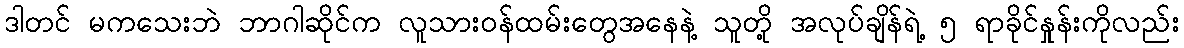
ဒါတင် မကသေးဘဲ ဘာဂါဆိုင်က လူသားဝန်ထမ်းတွေအနေနဲ့ သူတို့ အလုပ်ချိန်ရဲ့ ၅ ရာခိုင်နှုန်းကိုလည်း